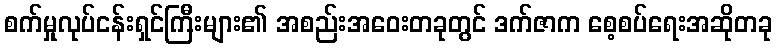
စက်မှုလုပ်ငန်းရှင်ကြီးများ၏ အစည်းအဝေးတခုတွင် ဒက်ဇာက စေ့စပ်ရေးအဆိုတခု